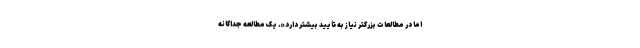
اما در مطالعات بزرگتر نیاز به تأیید بیشتر دارد». یک مطالعه جداگانه